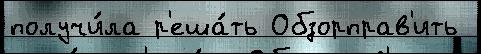
получи́ла р'еша́ть Обзорправ'ить